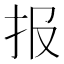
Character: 报